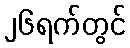
၂၆ရက်တွင်